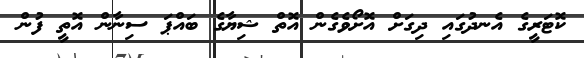
ކޮޓަރީގެ އެނދުގައި ދިގަށް އޮށޯވެގެން އޮތް ޝިޔާގެ ބައްޕަ ސިނާން އޮތީ ފުން